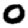
Digit: 0